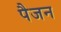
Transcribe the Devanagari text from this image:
पैजन